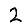
Digit: 2